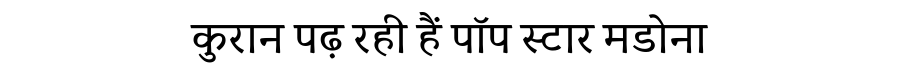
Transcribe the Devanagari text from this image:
कुरान पढ़ रही हैं पॉप स्टार मडोना